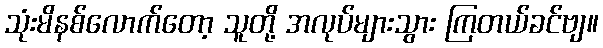
သုံးမိနစ်လောက်တော့ သူတို့ အလုပ်များသွား ကြတယ်ခင်ဗျ။